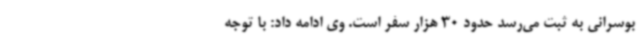
بوسرانی به ثبت می‌رسد حدود 30 هزار سفر است. وی ادامه داد: با توجه